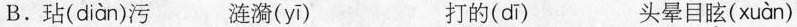
B.玷( diàn )污 涟漪(yī) 打的( dī ) 头晕目眩( xuàn )